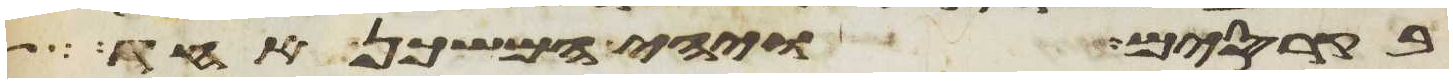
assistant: בקרסים ויהי המשכן אחד